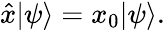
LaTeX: {\hat{x}}|\psi\rangle=x_{0}|\psi\rangle.